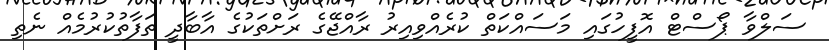
ސަލްވާ ޕޯސްޓް އޮފީހުގައި މަސައްކަތް ކުރެއްވިއިރު ރާއްޖޭގެ ރަށްތަކުގެ އާބާދީ ތަފާތުކުރުމެއް ނެތި